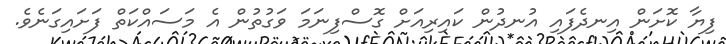
ފިޔާ ކޮށަން އިނދެފައި އުނދުން ކައިރިއަށް ގޮސްފިނަމަ ވަގުތުން އެ މަސައްކަތް ފަށައިގަނެވެ.